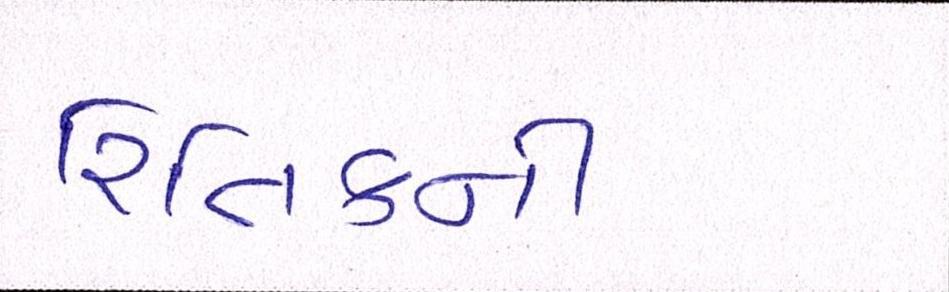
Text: રિતિકની